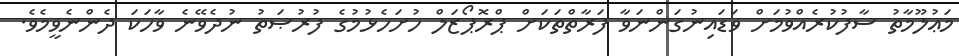
މަޢުލޫމާތު ސާފުކުރެއްވުމަށް ވަޑައިނުގަންނަވާ ފަރާތްތަކަށް ޕްރޮޕޯޒަލް ހުށަހެޅުމުގެ ފުރުޞަތު ނުދެވޭނެ ވާހަކަ ދެންނެވީމެވެ.